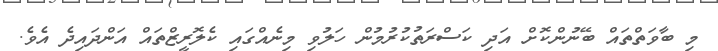
މި ބާވަތްތައް ބޭނުންކޮށް އަދި ކަސްރަތުކުރުމުން ހަލުވި މިނެއްގައި ކެލޮރީޒްތައް އަންދައިދެ އެވެ.